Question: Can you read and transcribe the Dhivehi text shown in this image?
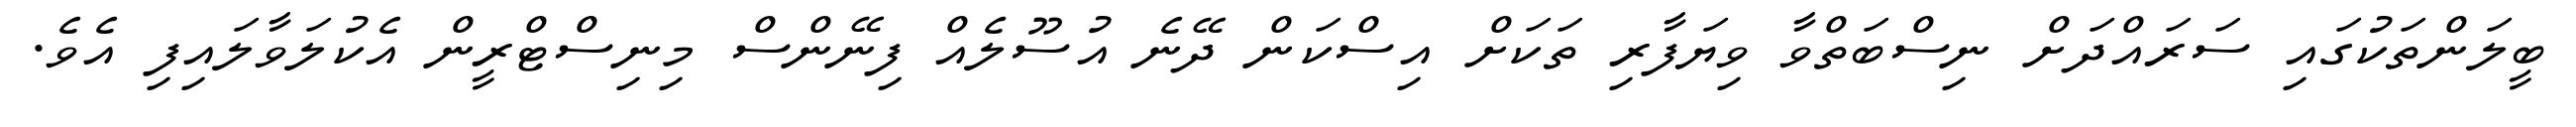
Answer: ބީލަންތަކުގައި ސަރައްދަށް ނިސްބަތްވާ ވިޔަފާރި ތަކަށް އިސްކަން ދޭނެ އުސޫލެއް ފިނޭންސް މިނިސްޓްރީން އެކުލަވާލައިފި އެވެ.